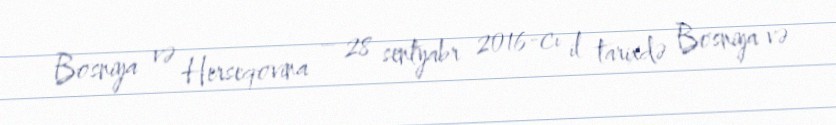
Bosniya və Herseqovina – 28 sentyabr 2016-cı il tarixdə Bosniya və